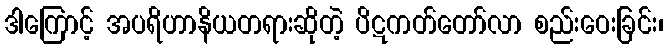
ဒါကြောင့် အပရိဟာနိယတရားဆိုတဲ့ ပိဋကတ်တော်လာ စည်းဝေးခြင်း၊